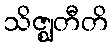
သိဇ္ဈတီတိ